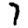
Digit: 7